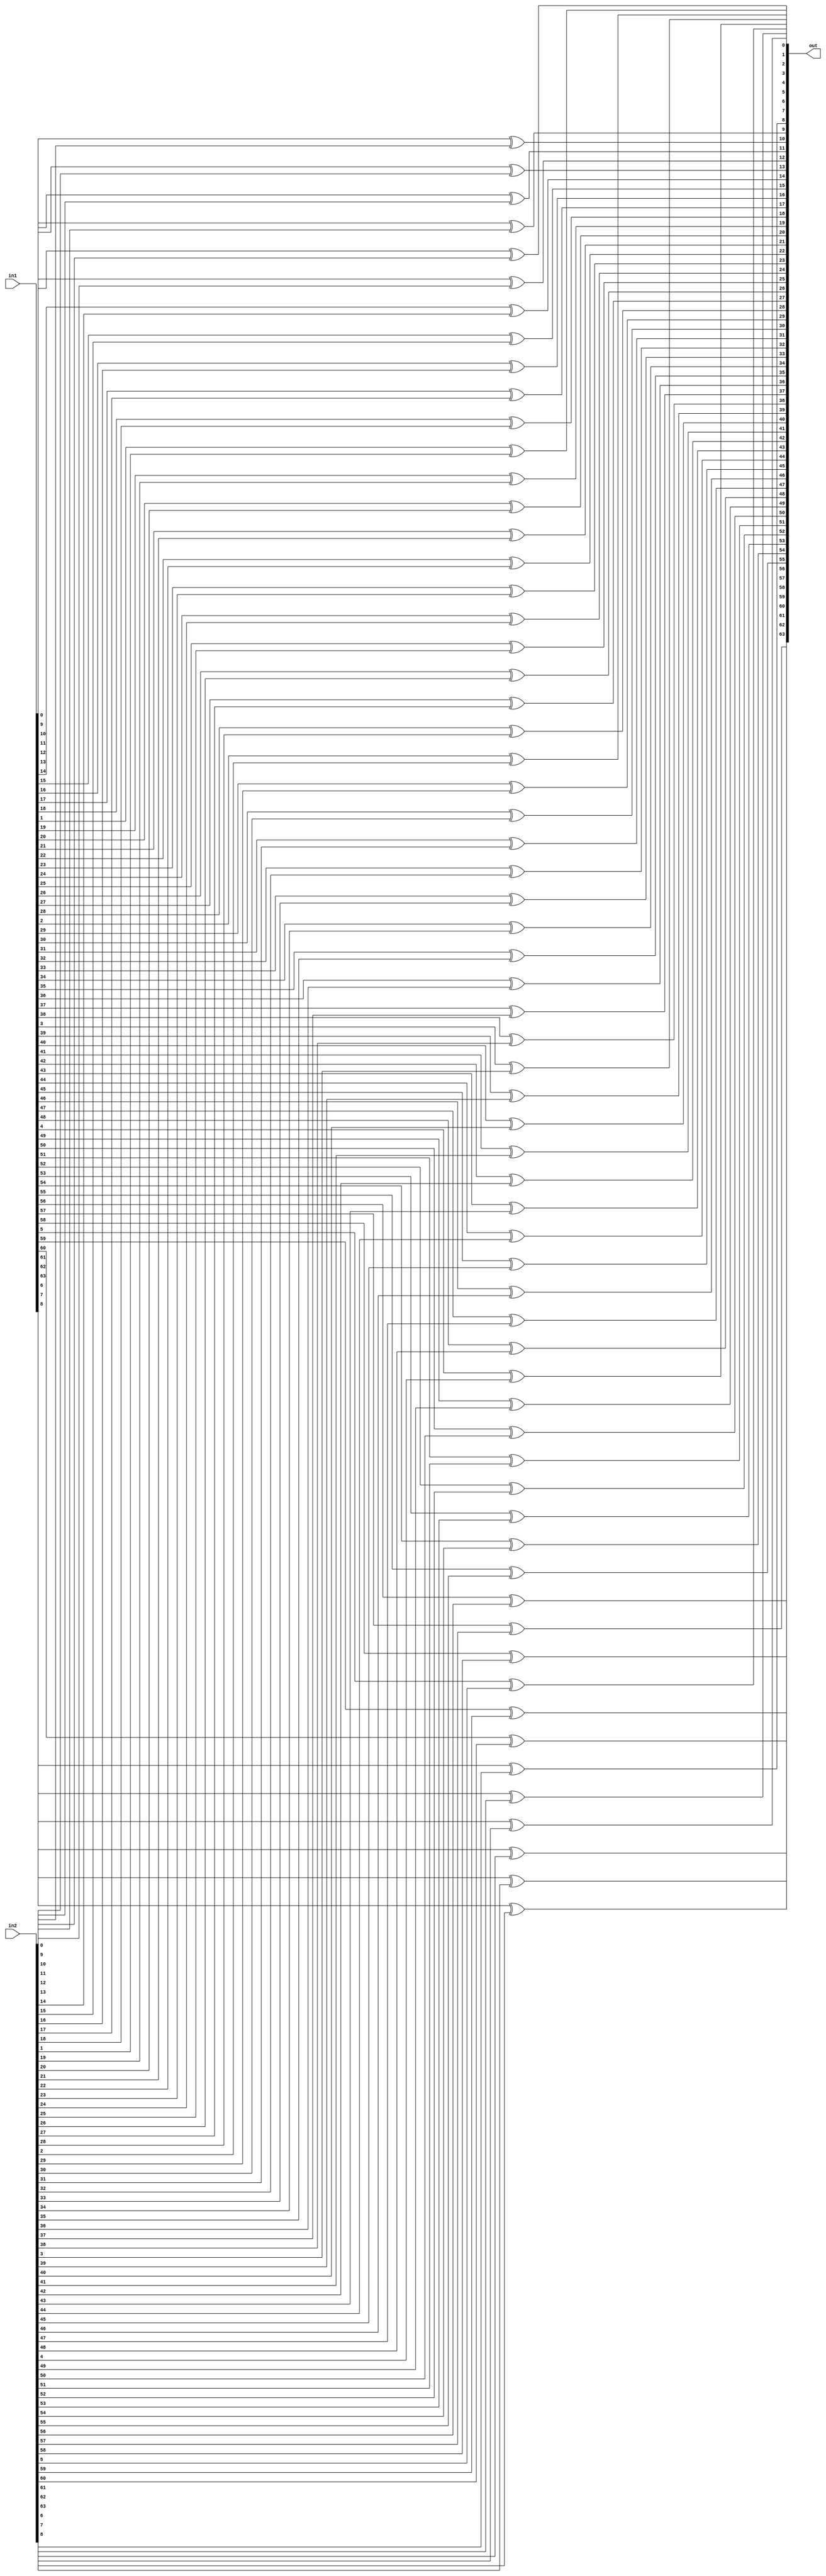
module xor64bit (in1, in2, out);

	input  signed [63:0] in1;
	input  signed [63:0] in2;
	output signed [63:0] out;

	genvar i;
	generate
		for (i = 0; i < 64; i = i + 1) begin
			xor x1 (out[i], in1[i], in2[i]);
		end
	endgenerate

endmodule